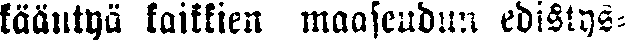
kääntyä kaikkien maaseudun edistys-